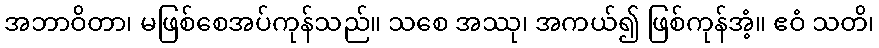
အဘာဝိတာ၊ မဖြစ်စေအပ်ကုန်သည်။ သစေ အဿု၊ အကယ်၍ ဖြစ်ကုန်အံ့။ ဧဝံ သတိ၊